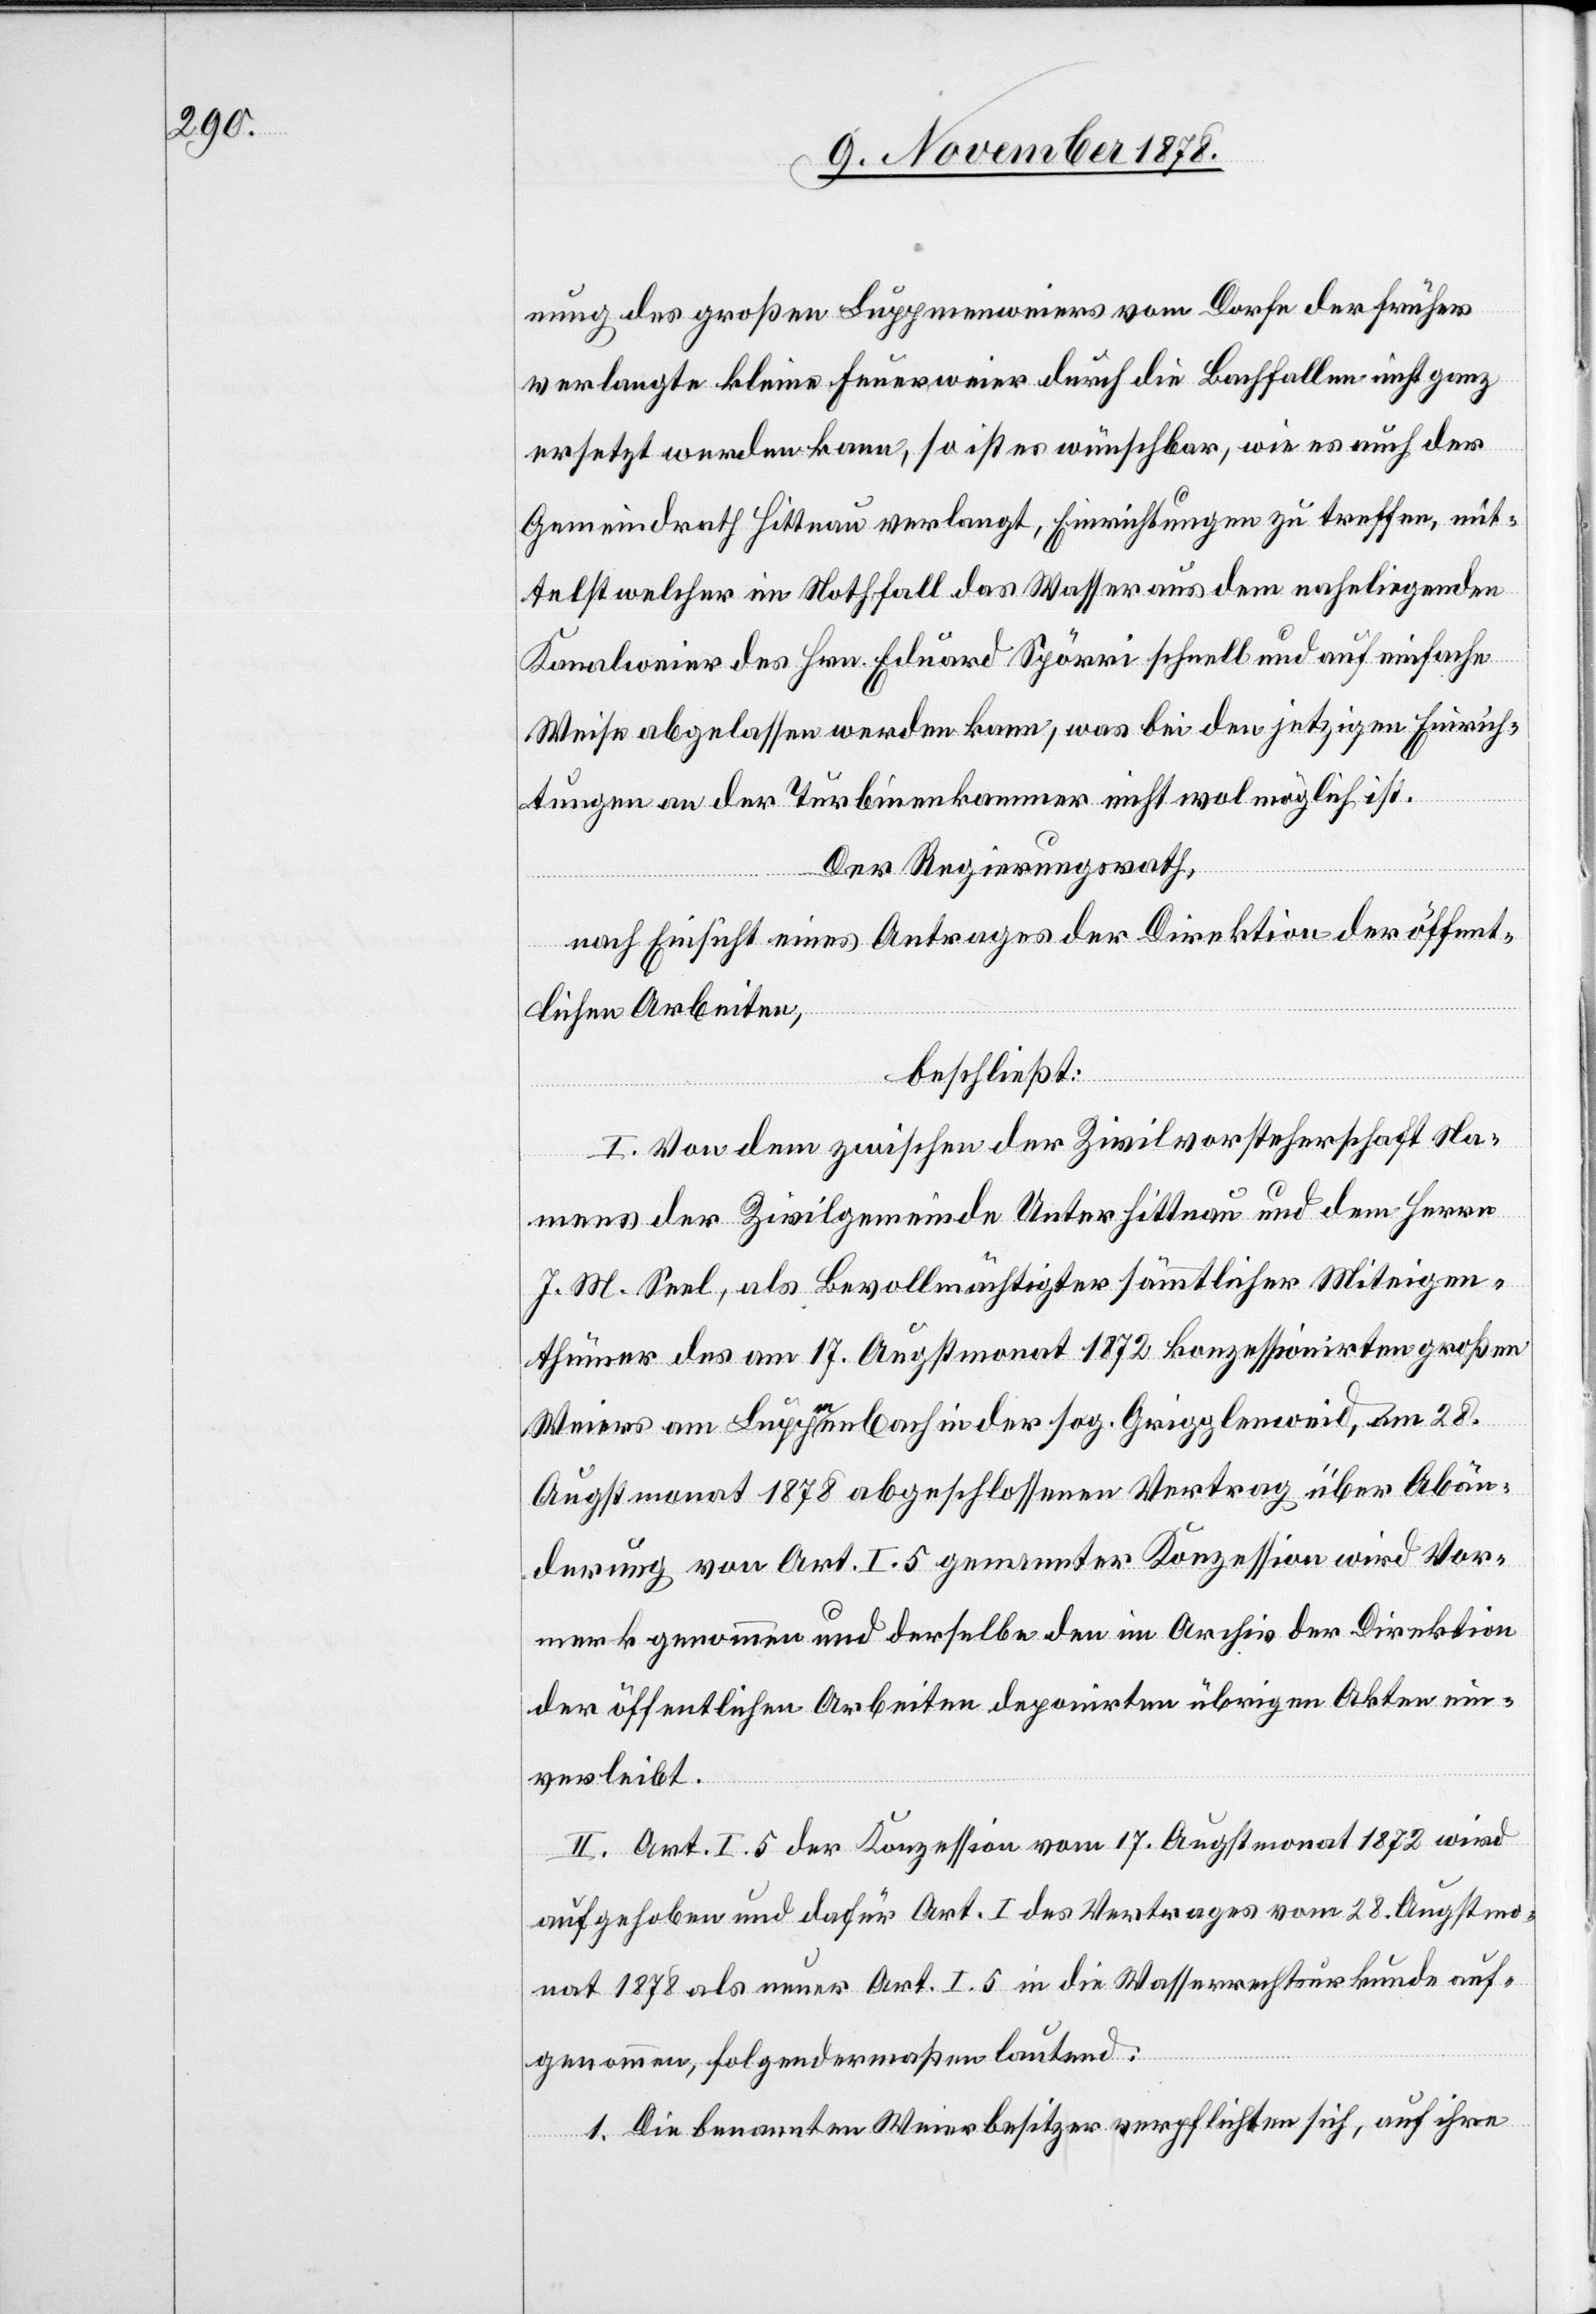
nung des großen Luppmenweiers vom Dorfe der früher
verlangte kleine Feuerweier durch die Bachfallen nicht ganz
ersetzt werden kann, so ist es wünschbar, wie es auch der
Gemeindrath Hittnau verlangt, Einrichtungen zu treffen, mit¬
telst welcher im Nothfall das Wasser aus dem naheliegenden
Kanalweier des Hrn. Eduard Spörri schnell und auf einfache
Weise abgelassen werden kann, was bei den jetzigen Einrich¬
tungen an der Turbinenkammer nicht wol möglich ist.
Der Regierungsrath,
nach Einsicht eines Antrages der Direktion der öffent¬
lichen Arbeiten,
beschließt:
I. Von dem zwischen der Zivilvorsteherschaft Na¬
mens der Zivilgemeinde Unterhittnau und dem Herrn
J. M. Seel, als Bevollmächtigter sämmtlicher Miteigen¬
thümer des am 17. Augstmonat 1872 konzessionirtem großen
Weier am Luppmenbach in der sog. Gripplenweid, am 28.
Augstmonat 1878 abgeschlossenen Vertrag über Abän¬
derung von Art. I. 5. genannter Konzession wird Vor¬
merk genommen und derselbe den im Archiv der Direktion
der öffentlichen Arbeiten deponirten übrigen Akten ein¬
verleibt.
II. Art. I. 5 der Konzession vom 17. Augstmonat 1872 wird
aufgehoben und dafür Art. I des Vertrages vom 28. Augstmo¬
nat 1878 als neuer Art. I. 5 in die Wasserrechtsurkunde auf¬
genommen, folgendermaßen lautend:
1. Die benannten Weierbesitzer verpflichten sich, auf ihre